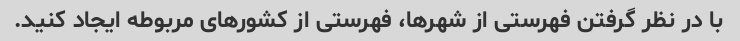
با در نظر گرفتن فهرستی از شهرها، فهرستی از کشورهای مربوطه ایجاد کنید.